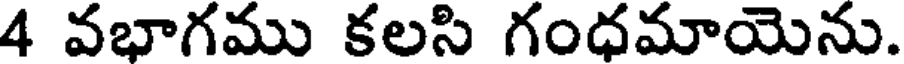
4 వభాగము కలసి గంధమాయెను.